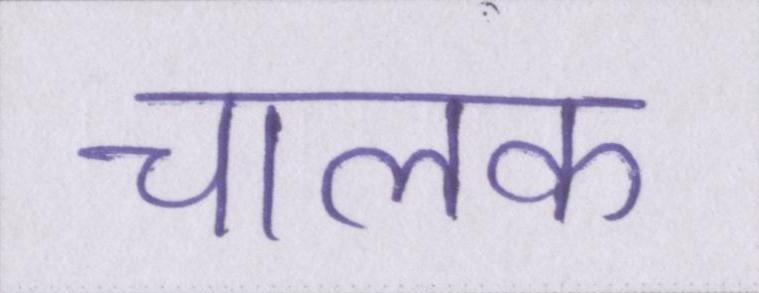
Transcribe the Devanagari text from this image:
चालक